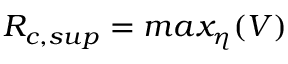
R _ { c , s u p } = m a x _ { \eta } ( V )